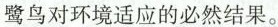
鹭鸟对环境适应的必然结果。